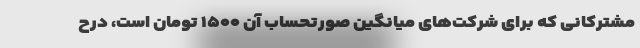
مشترکانی که برای شرکت‌های میانگین صورتحساب آن ۱۵۰۰ تومان است، درح